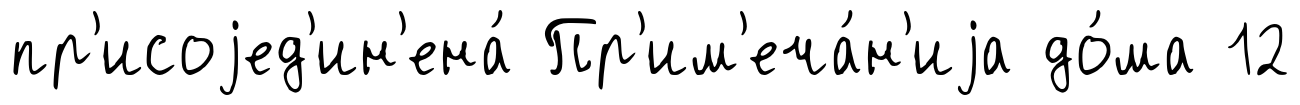
пр'исоjед'ин'ена́ Пр'им'еча́н'иjа до́ма 12